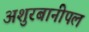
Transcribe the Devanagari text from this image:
अशुरबानीपल